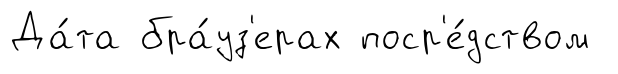
Да́та бра́уз'ерах поср'е́дством